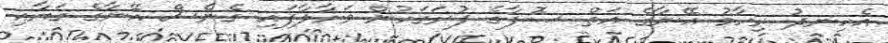
އެހިނދު ރިހާމު އޭނާގެ އަތް ޞޮފާގެ ފުރަގަހުން ވަށާލާފައި ގެނެސް އޭނާގެ ގަޔާއި